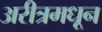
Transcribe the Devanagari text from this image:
अरीत्रमधून